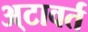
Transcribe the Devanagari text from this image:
अ्टावर्त